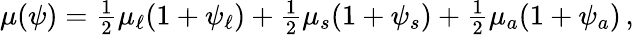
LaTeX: \begin{array}{r}{\mu(\psi)=\frac 12\mu_{\ell}(1+\psi_{\ell})+\frac 12\mu_{s}(1+\psi_{s})+\frac 12\mu_{a}(1+\psi_{a})\, ,}\end{array}